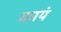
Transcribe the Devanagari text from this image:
कायं